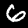
Label: 6